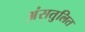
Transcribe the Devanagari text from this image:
अंसतुलित